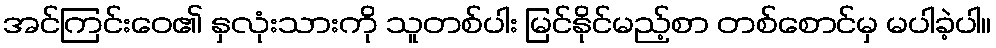
အင်ကြင်းဝေ၏ နှလုံးသားကို သူတစ်ပါး မြင်နိုင်မည့်စာ တစ်စောင်မှ မပါခဲ့ပါ။